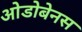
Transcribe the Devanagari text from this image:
ओडोबेनस